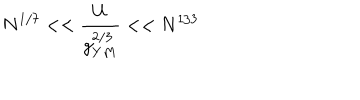
LaTeX: N ^ { 1 / 7 } < < \frac { U } { g _ { Y M } ^ { 2 / 3 } } < < N ^ { 1 / 3 }